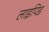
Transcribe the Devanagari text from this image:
लाइपिड